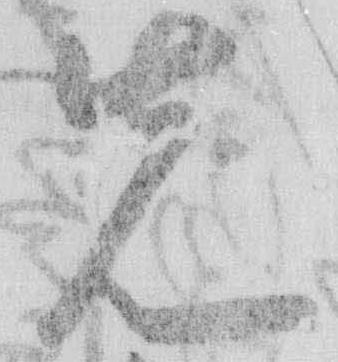
先